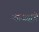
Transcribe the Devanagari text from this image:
न्यायसूत्रे